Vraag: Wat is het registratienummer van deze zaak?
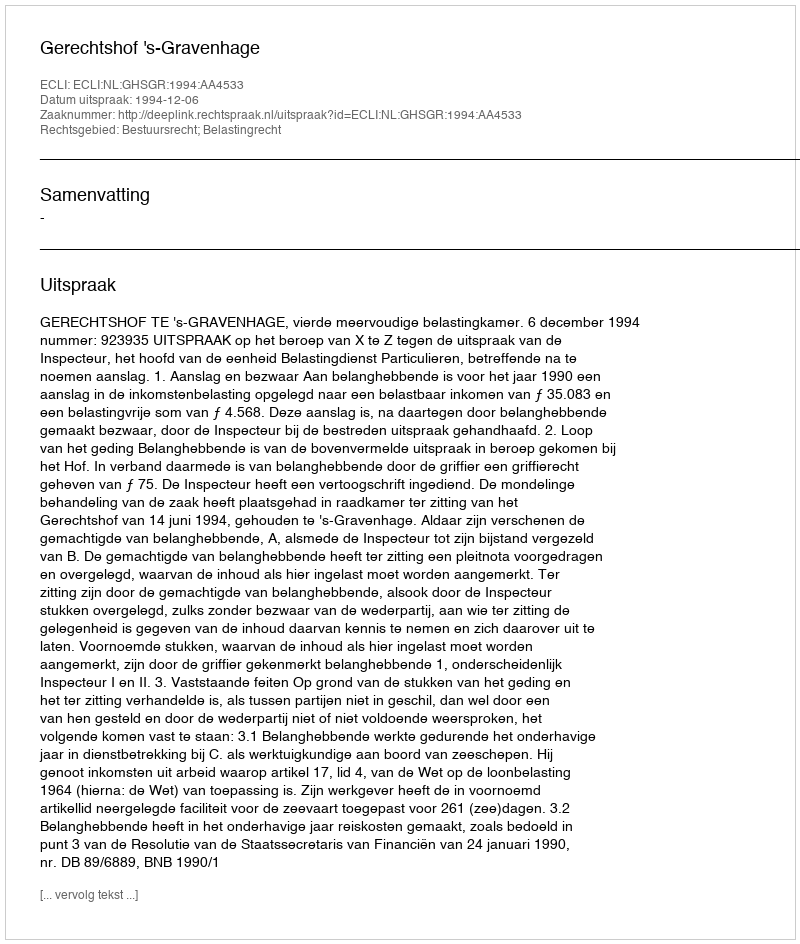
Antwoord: http://deeplink.rechtspraak.nl/uitspraak?id=ECLI:NL:GHSGR:1994:AA4533